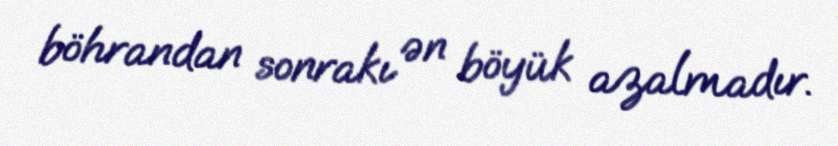
böhrandan sonrakı ən böyük azalmadır.